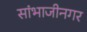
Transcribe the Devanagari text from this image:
सांभाजीनगर